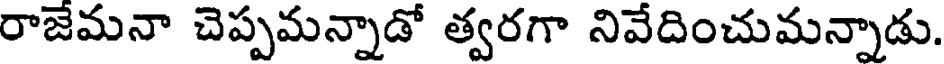
రాజేమనా చెప్పమన్నాడో త్వరగా నివేదించుమన్నాడు.